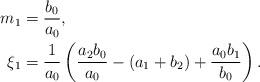
LaTeX: \begin{align*}m_1 &= \frac{b_0}{a_0}, \\\xi_1 &= \frac{1}{a_0} \left( \frac{a_2 b_0}{a_0} - (a_1 + b_2) + \frac{a_0 b_1}{b_0} \right).\end{align*}